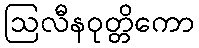
ဩလီနဝုတ္တိကော